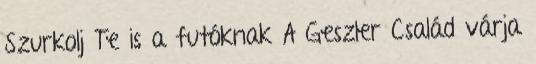
Szurkolj Te is a futóknak A Geszler Család várja